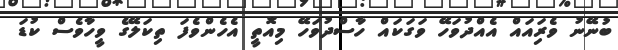
ބުނޭނު ވެރިައައް އެއްދުވަހޭ ވަގަކައް ހާސްދުވަހޭ މިއޮތީ އެހެންވެފަ ތިކަލޭގެ ވީހާވެސް ކުޑަ